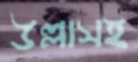
উল্লাসই